Indian journal of veterinary science and animal husbandry - Volume 8,
Year: 1938
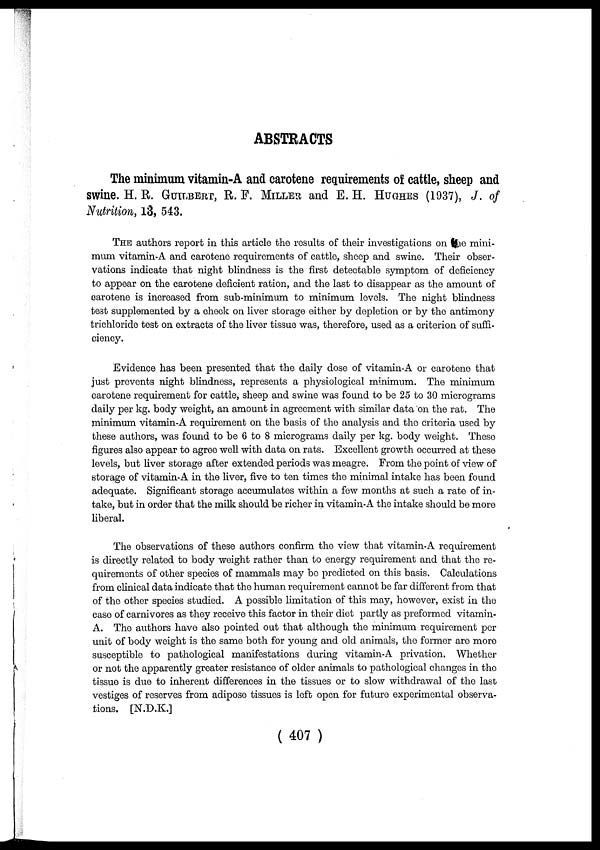
ABSTRACTS
The minimum vitamin-A and carotene requirements of cattle, sheep and
swine. H. R. GUILBERT, R. F. MILLER and E. H. HUGHES (1937), J. of
Nutrition, 13, 543.
THE authors report in this article the results of their investigations on the mini-
mum vitamin-A and carotene requirements of cattle, sheep and swine. Their obser-
vations indicate that night blindness is the first detectable symptom of deficiency
to appear on the carotene deficient ration, and the last to disappear as the amount of
carotene is increased from sub-minimum to minimum levels. The night blindness
test supplemented by a check on liver storage either by depletion or by the antimony
trichloride test on extracts of the liver tissue was, therefore, used as a criterion of suffi-
ciency.
Evidence has been presented that the daily dose of vitamin-A or carotene that
just prevents night blindness, represents a physiological minimum. The minimum
carotene requirement for cattle, sheep and swine was found to be 25 to 30 micrograms
daily per kg. body weight, an amount in agreement with similar data on the rat. The
minimum vitamin-A requirement on the basis of the analysis and the criteria used by
these authors, was found to be 6 to 8 micrograms daily per kg. body weight. These
figures also appear to agree well with data on rats. Excellent growth occurred at these
levels, but liver storage after extended periods was meagre. From the point of view of
storage of vitamin-A in the liver, five to ten times the minimal intake has been found
adequate. Significant storage accumulates within a few months at such a rate of in-
take, but in order that the milk should be richer in vitamin-A the intake should be more
liberal.
The observations of these authors confirm the view that vitamin-A requirement
is directly related to body weight rather than to energy requirement and that the re-
quirements of other species of mammals may be predicted on this basis. Calculations
from clinical data indicate that the human requirement cannot be far different from that
of the other species studied. A possible limitation of this may, however, exist in the
case of carnivores as they receive this factor in their diet partly as preformed vitamin-
A. The authors have also pointed out that although the minimum requirement per
unit of body weight is the same both for young and old animals, the former are more
susceptible to pathological manifestations during vitamin-A privation. Whether
or not the apparently greater resistance of older animals to pathological changes in the
tissue is due to inherent differences in the tissues or to slow withdrawal of the last
vestiges of reserves from adipose tissues is left open for future experimental observa-
tions. [N.D.K.]
( 407 )